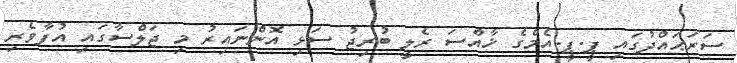
ސަރަޙައްދުގައި ޕީ.ޕީ.އެމްގެ ޚާއްސަ ރެލީ ބުރިޖު ސަޅި އޮންނައިރު މި ޖަލްސާގައި އުފާވެރި